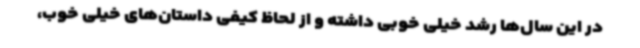
در این سال‌ها رشد خیلی خوبی داشته و از لحاظ کیفی داستان‌های خیلی خوب،